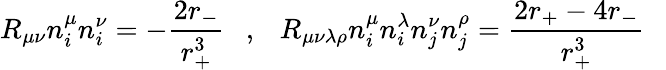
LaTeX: R_{\mu\nu}n_{i}^{\mu}n_{i}^{\nu}=-{\frac{2r_{-}}{r_{+}^{3}}}~~~,~~~R_{\mu\nu\lambda\rho}n_{i}^{\mu}n_{i}^{\lambda}n_{j}^{\nu}n_{j}^{\rho}={\frac{2r_{+}-4r_{-}}{r_{+}^{3}}}~~~